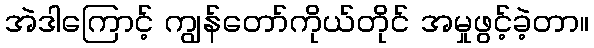
အဲဒါကြောင့် ကျွန်တော်ကိုယ်တိုင် အမှုဖွင့်ခဲ့တာ။